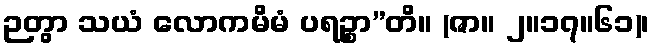
ဉတွာ သယံ လောကမိမံ ပရဉ္စာ”တိ။ (ဇာ။ ၂။၁၇။၆၁)၊